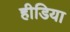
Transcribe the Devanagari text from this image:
हीडिया